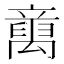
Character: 𱷭